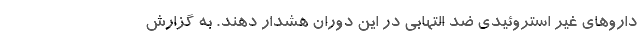
داروهای غیر استروئیدی ضد التهابی در این دوران هشدار دهند. به گزارش